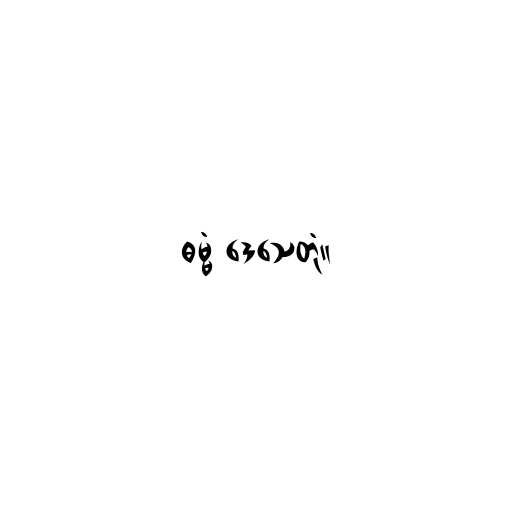
ဓမ္မံ ဒေသေတုံ။